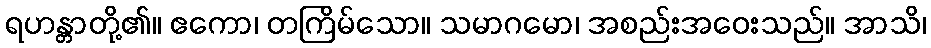
ရဟန္တာတို့၏။ ဧကော၊ တကြိမ်သော။ သမာဂမော၊ အစည်းအဝေးသည်။ အာသိ၊